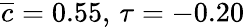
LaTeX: \overline{{c}}=0.55,\, \tau=-0.20